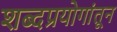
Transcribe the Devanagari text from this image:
शब्दप्रयोगांतून